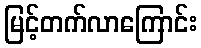
မြင့်တက်လာကြောင်း